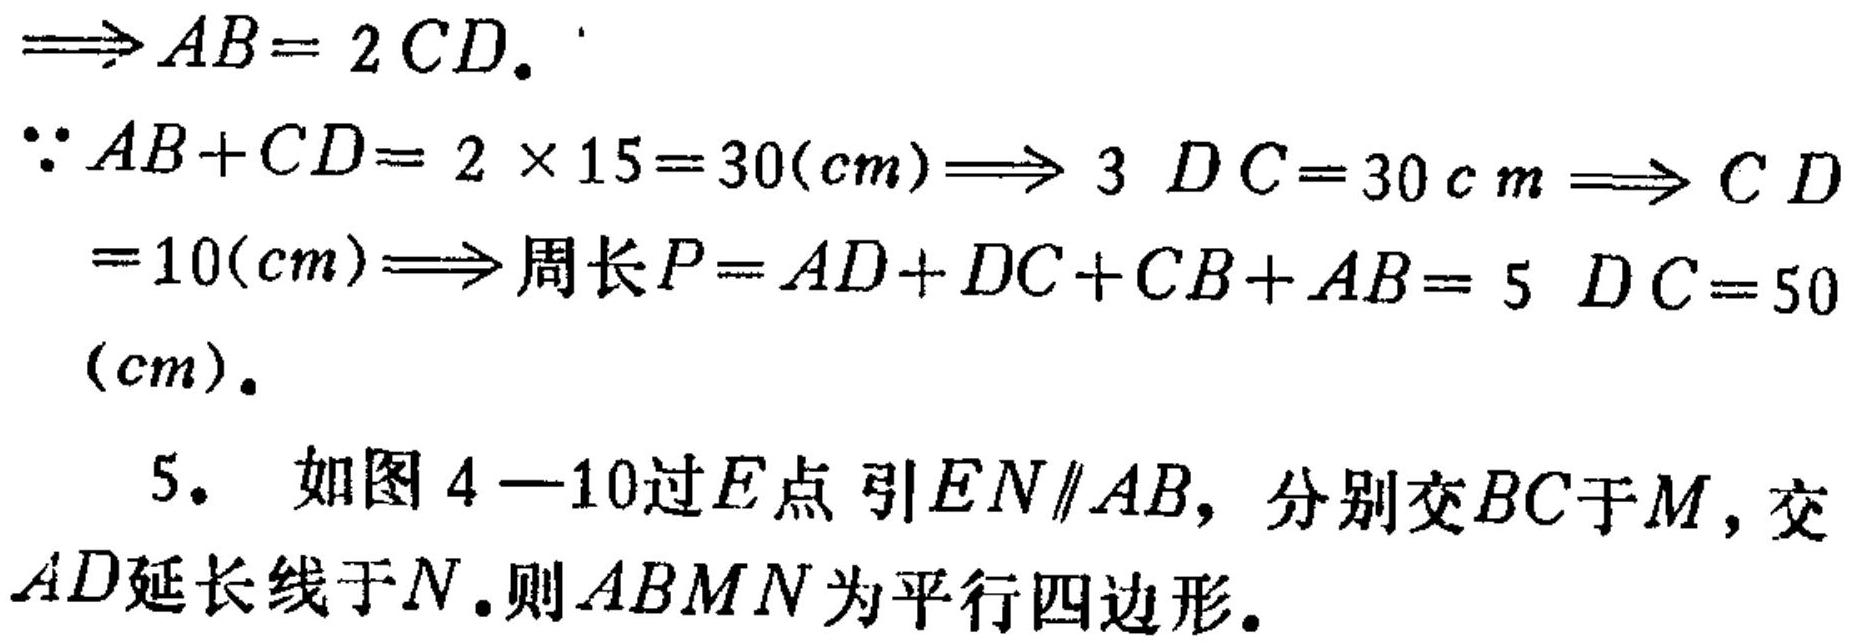
$\Rightarrow AB = 2CD.$
$\because AB + CD=2\times15 = 30(cm)\Rightarrow 3DC = 30cm\Rightarrow CD
= 10(cm)\Rightarrow 周长P=AD + DC+CB + AB = 5DC = 50(cm).$
5. 如图4 - 10过$E$点引$EN\parallel AB$，分别交$BC$于$M$，交$AD$延长线于$N$.则$ABMN$为平行四边形.